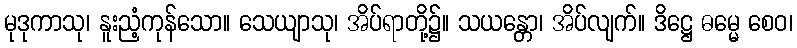
မုဒုကာသု၊ နူးညံ့ကုန်သော။ သေယျာသု၊ အိပ်ရာတို့၌။ သယန္တော၊ အိပ်လျက်။ ဒိဋ္ဌေ ဓမ္မေ စေဝ၊